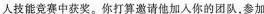
人技能竞赛中获奖。你打算邀请他加入你的团队，参加